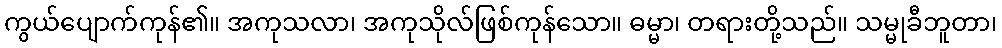
ကွယ်ပျောက်ကုန်၏။ အကုသလာ၊ အကုသိုလ်ဖြစ်ကုန်သော။ ဓမ္မာ၊ တရားတို့သည်။ သမ္မုခီဘူတာ၊